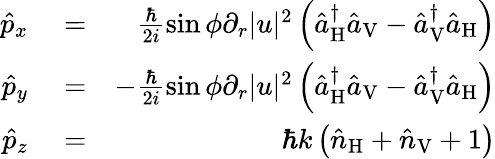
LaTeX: \begin{array}{rlr}{\hat{p}_{x}}&{{}=}&{\frac{\hbar}{2i}\sin\phi\partial_{r}|u|^{2}\left(\hat{a}_{\mathrm{H}}^{\dagger}\hat{a}_{\mathrm{V}}-\hat{a}_{\mathrm{V}}^{\dagger}\hat{a}_{\mathrm{H}}\right)}\\ {\hat{p}_{y}}&{{}=}&{-\frac{\hbar}{2i}\sin\phi\partial_{r}|u|^{2}\left(\hat{a}_{\mathrm{H}}^{\dagger}\hat{a}_{\mathrm{V}}-\hat{a}_{\mathrm{V}}^{\dagger}\hat{a}_{\mathrm{H}}\right)}\\ {\hat{p}_{z}}&{{}=}&{\hbar k\left(\hat{n}_{\mathrm{H}}+\hat{n}_{\mathrm{V}}+1\right)}\end{array}